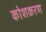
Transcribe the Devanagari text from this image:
कोशकरण